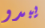
يبدو